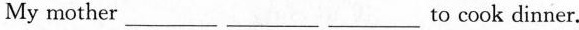
My mother \underline to cook dinner.